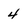
Character: 4